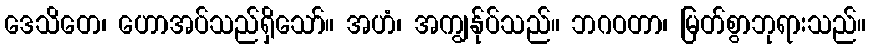
ဒေသိတေ၊ ဟောအပ်သည်ရှိသော်။ အဟံ၊ အကျွန်ုပ်သည်။ ဘဂဝတာ၊ မြတ်စွာဘုရားသည်။